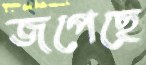
জপেছে